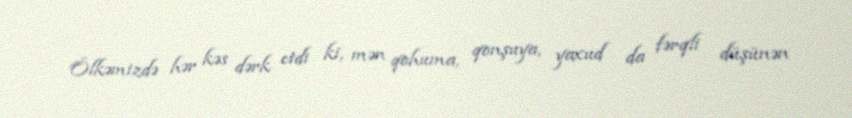
Ölkəmizdə hər kəs dərk etdi ki, mən qohuma, qonşuya, yaxud da fərqli düşünən